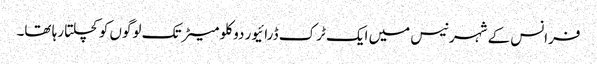
فرانس کے شہر نیس میں ایک ٹرک ڈرائیور دو کلو میٹر تک لوگوں کو کچلتا رہا تھا۔